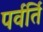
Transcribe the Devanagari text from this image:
पर्वर्ति